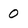
Character: 0